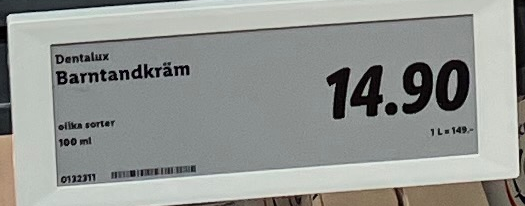
Vara: Barntandkräm
Genomsnittspris: 149 per L